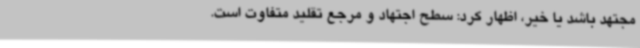
مجتهد باشد یا خیر، اظهار کرد: سطح اجتهاد و مرجع تقلید متفاوت است.